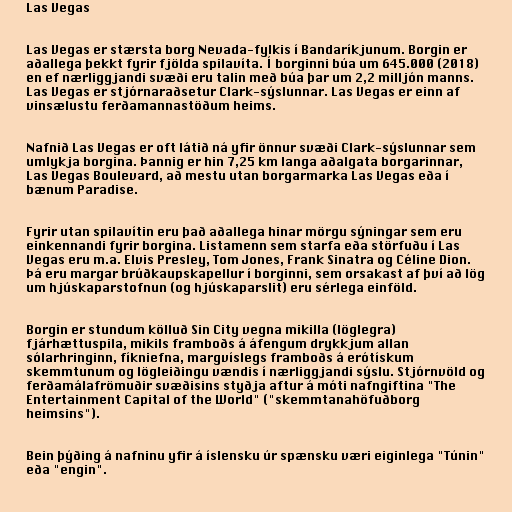
Las Vegas

Las Vegas er stærsta borg Nevada-fylkis í Bandaríkjunum. Borgin er
aðallega þekkt fyrir fjölda spilavíta. Í borginni búa um 645.000 (2018)
en ef nærliggjandi svæði eru talin með búa þar um 2,2 milljón manns.
Las Vegas er stjórnaraðsetur Clark-sýslunnar. Las Vegas er einn af
vinsælustu ferðamannastöðum heims.

Nafnið Las Vegas er oft látið ná yfir önnur svæði Clark-sýslunnar sem
umlykja borgina. Þannig er hin 7,25 km langa aðalgata borgarinnar,
Las Vegas Boulevard, að mestu utan borgarmarka Las Vegas eða í
bænum Paradise.

Fyrir utan spilavítin eru það aðallega hinar mörgu sýningar sem eru
einkennandi fyrir borgina. Listamenn sem starfa eða störfuðu í Las
Vegas eru m.a. Elvis Presley, Tom Jones, Frank Sinatra og Céline Dion.
Þá eru margar brúðkaupskapellur í borginni, sem orsakast af því að lög
um hjúskaparstofnun (og hjúskaparslit) eru sérlega einföld.

Borgin er stundum kölluð Sin City vegna mikilla (löglegra)
fjárhættuspila, mikils framboðs á áfengum drykkjum allan
sólarhringinn, fíkniefna, margvíslegs framboðs á erótískum
skemmtunum og lögleiðingu vændis í nærliggjandi sýslu. Stjórnvöld og
ferðamálafrömuðir svæðisins styðja aftur á móti nafngiftina "The
Entertainment Capital of the World" ("skemmtanahöfuðborg
heimsins").

Bein þýðing á nafninu yfir á íslensku úr spænsku væri eiginlega "Túnin"
eða "engin".